Annual administration report of the Civil Veterinary Department, Ajmere-Merwara, British Rajputana - 1914-1940
Year: 1914
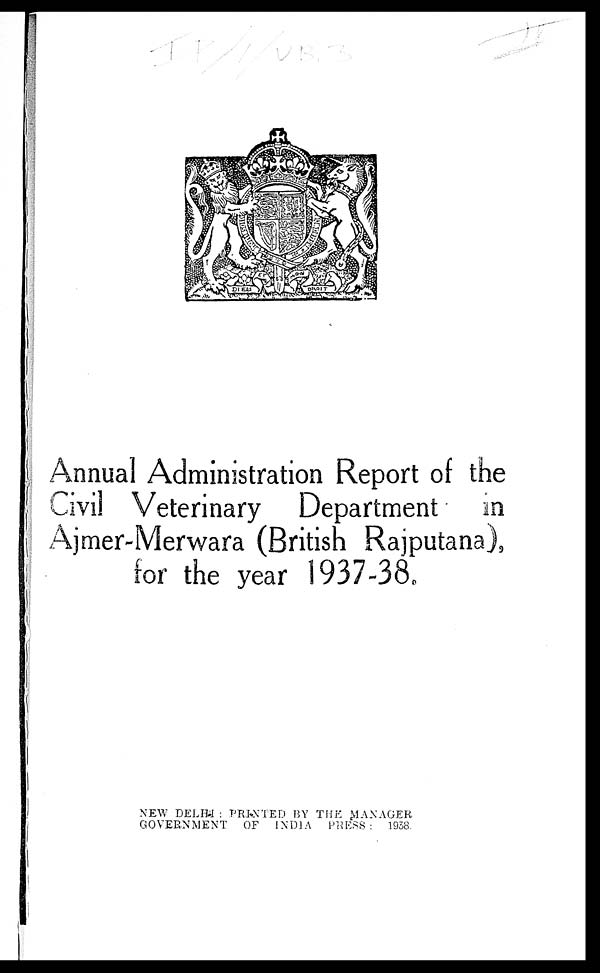
Annual Administration Report of the
Civil Veterinary Department in
Ajmer-Merwara (British Rajputana) ,
for the year 1937-38.
NEW DELHI : PRINTED BY THE MANAGER
GOVERNMENT OF INDIA PRESS : 1938.